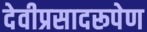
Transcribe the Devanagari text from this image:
देवीप्रसादरूपेण